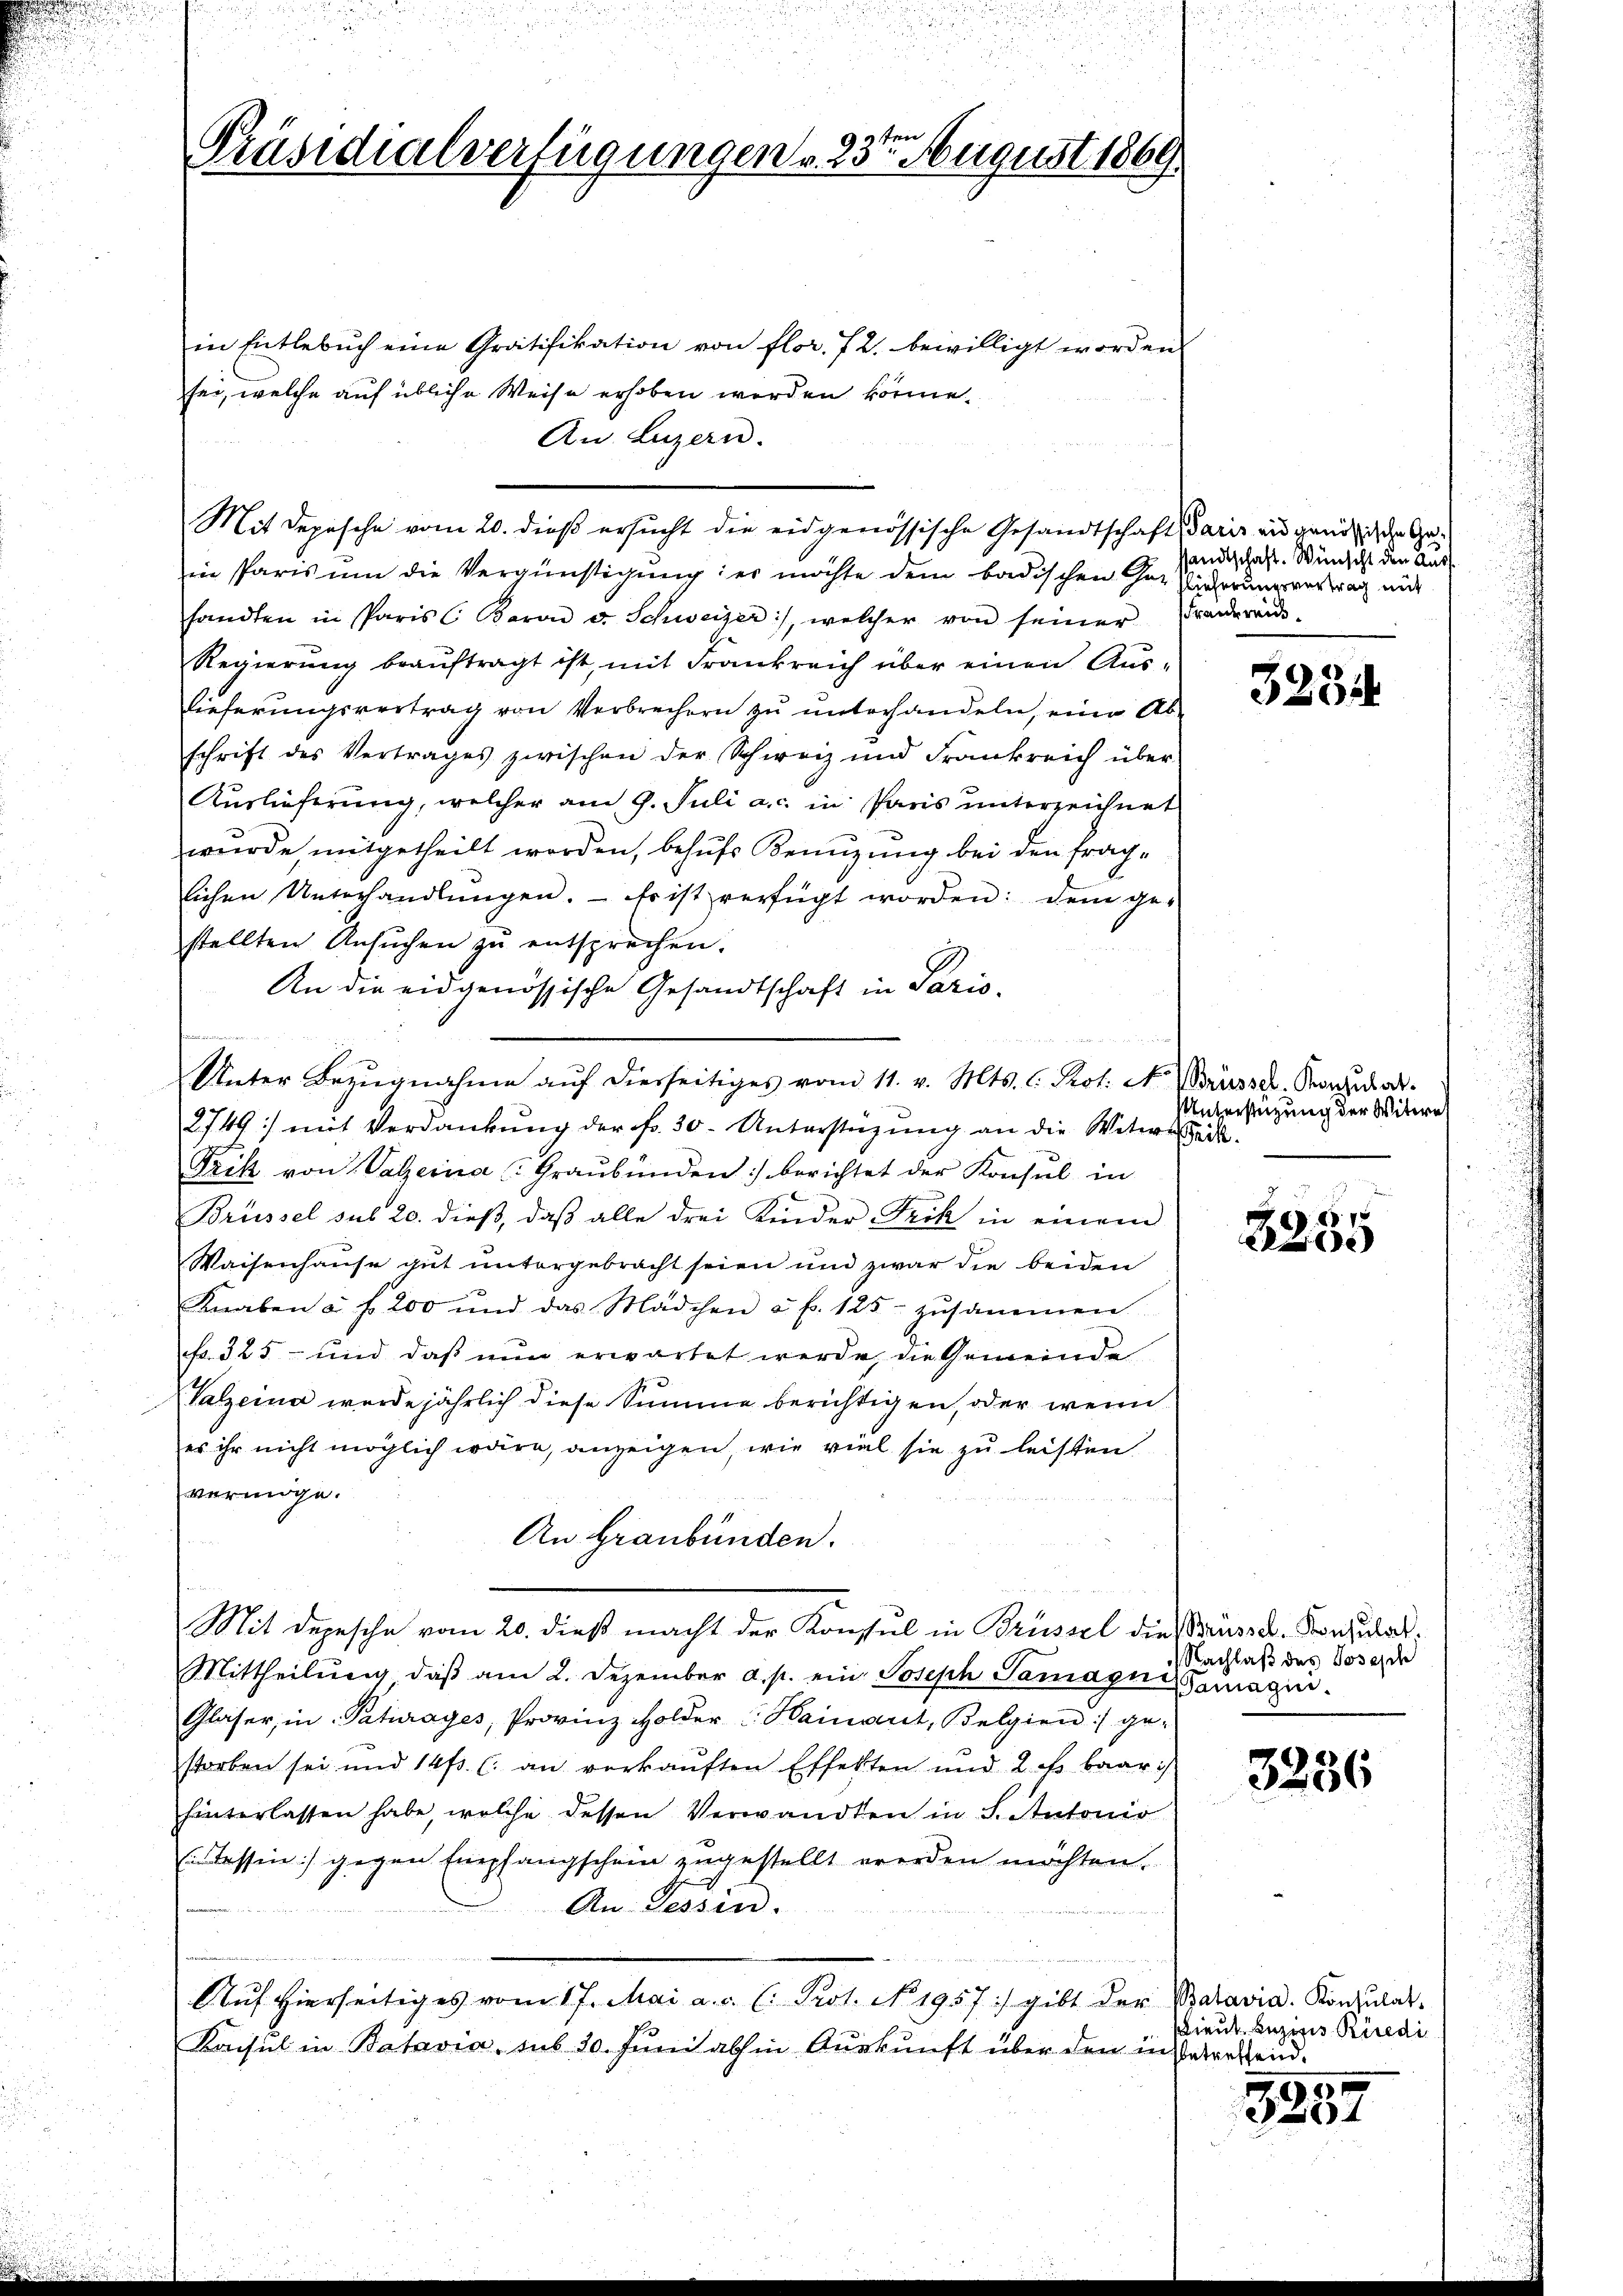
e
Präsidialverfügungen v. 23. August 1869.

in Entlebuch eine Gratifikation von flor. 72. bewilligt worden
sei, welche auf übliche Weise erhoben werden könne.
An Luzern.
Mit Depische vom 20. dieß ersucht die eidgenössische Gesandtschaftsdaris an genug ich den Gein Paris um die Vergünstigung: er möchte dem badischen hat Widerung vortrag mit
fandten in sparis Baron v. Schweizer, welcher von seiner Fraŭerei-
Regierŭng beaŭftragt ist, mit Frankreich über einen Aus-
lieferungsvertrag von Verbrechern zu unterhandeln, eine Ab-
schrift des Vertrages zwischen der Schweiz und Frankreich über-
Auslieferung, welcher am 9. Juli a. c. in Paris unterzeichnet
wurde mitgetheilt worden, behufs Benuzung bei den fraglichen Unterhandlŭngen. Frist verfügt worden: dem ge-
stellten Ansŭchen zŭ entsprechen.
An die eidgenössische Gesandtschaft in Paris.
.
Unter Bezŭgnahme aŭf dierseitiges vom 11. v. Mts. C. Prot. N. Brüsse. Konsular¬
2749) mit Verdankung der Fr. 30. Unterstüzung an die Witwerkeit.
Frik von Valzeina (Graubünden :/ berichtet der Konsul in
Brüssel sub 20. dieß, daß alle drei Kinder Frik in einem
Waisenhause gut untergebracht seien und zwar die beiden
Knaben a. f. 200 und das Mädchen u. f. 125 zusammen
fr. 325 - und daß nun erwartet werde, die Gemeinde
Valzeina wurde jährlich diese Summe berichtigen, oder wenn
es ihr nicht möglich wäre, anzeigen, wie viel sie zu leisten
vermöge.
An Graubünden.
.
Mit Depesche vom 20. dieß macht der Konsul in Brüssel dies russ u. Konsulat¬
Mittheilŭng, daβ am 2. Dezember a. p. ein Joseph Samagna Tomagin.
Glaser, in Paturages, Provinz Holder  Hainant, Belgien :/ ge-
storben sei und 14t. l. an verkaŭften Effekten und 2 ff. baar
hinterlassen habe, welche dessen Verwandten in S. Autonio
n lassen :/ gegen Empfangschein zugestellt werden möchten.
An Tessin.
Auf hierseitiges vom 17. Mai a. c. l. Prot. No. 1957) gibt der Batavia Konsulat
Konseil in Batavia, sub 30. Juni abhin Auskunft über den in Betretend.

sandtschaft. Wünscht den Aus¬

3234

Unterstützung der Witwe

5
e

Nachlaß des Joseph

3236

Lieut. Luzigis Riedi

1
4